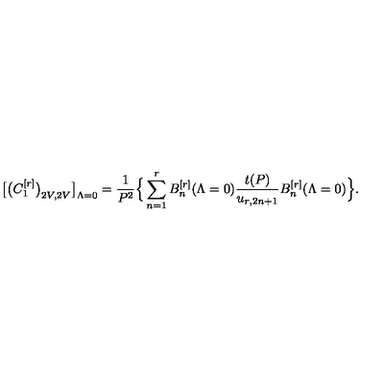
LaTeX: \big [ \big ( C _ { 1 } ^ { [ r ] } \big ) _ { 2 V , 2 V } \big ] _ { \Lambda = 0 } = \frac { 1 } { P ^ { 2 } } \Big \{ \sum _ { n = 1 } ^ { r } B _ { n } ^ { [ r ] } ( \Lambda = 0 ) \frac { t ( P ) } { u _ { r , 2 n + 1 } } B _ { n } ^ { [ r ] } ( \Lambda = 0 ) \Big \} .